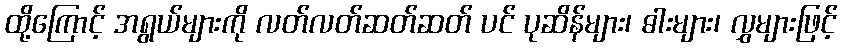
ထို့ကြောင့် အရွယ်များကို လတ်လတ်ဆတ်ဆတ် ပင် ပုဆိန်များ၊ ဓါးများ၊ လွှများဖြင့်